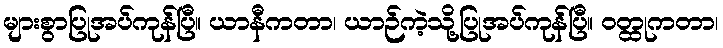
များစွာပြုအပ်ကုန်ပြီ။ ယာနီကတာ၊ ယာဉ်ကဲ့သို့ပြုအပ်ကုန်ပြီ။ ဝတ္ထုကတာ၊